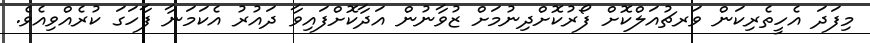
މިފަދަ އެހީތެރިކަން ވަރޗުއަލްކޮށް ފޯރުކޮށްދިނުމަށް ޒުވާނުން އަދާކޮށްފައިވާ ދައުރު އެކަމަނާ ފާހަގަ ކުރެއްވިއެވެ.